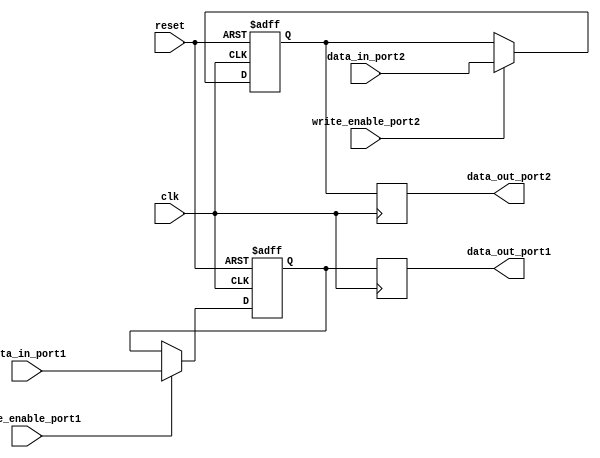
module dual_port_register (
    input clk,
    input reset,
    input [31:0] data_in_port1,
    input [31:0] data_in_port2,
    input write_enable_port1,
    input write_enable_port2,
    output reg [31:0] data_out_port1,
    output reg [31:0] data_out_port2
);

reg [31:0] storage_element_port1;
reg [31:0] storage_element_port2;

always @(posedge clk or posedge reset) begin
    if (reset) begin
        storage_element_port1 <= 32'b0;
        storage_element_port2 <= 32'b0;
    end else begin
        if (write_enable_port1) begin
            storage_element_port1 <= data_in_port1;
        end
        if (write_enable_port2) begin
            storage_element_port2 <= data_in_port2;
        end
    end
end

always @(posedge clk) begin
    data_out_port1 <= storage_element_port1;
    data_out_port2 <= storage_element_port2;
end

endmodule